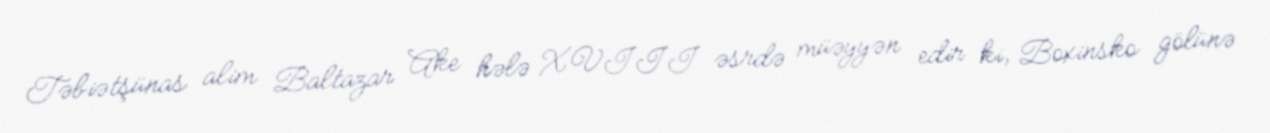
Təbiətşünas alim Baltazar Ake hələ XVIII əsrdə müəyyən edir ki, Boxinsko gölünə